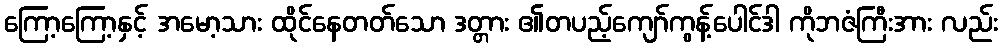
ကြော့ကြော့နှင့် အမော့သား ထိုင်နေတတ်သော ဒတ္တား ၏တပည့်ကျော်ကွန့်ပေါင်ဒါ ကိုဘဇံကြီးအား လည်း